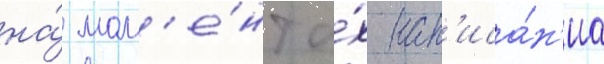
на́ мом'е́нт и́х нап'иса́н'иа